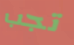
تجب